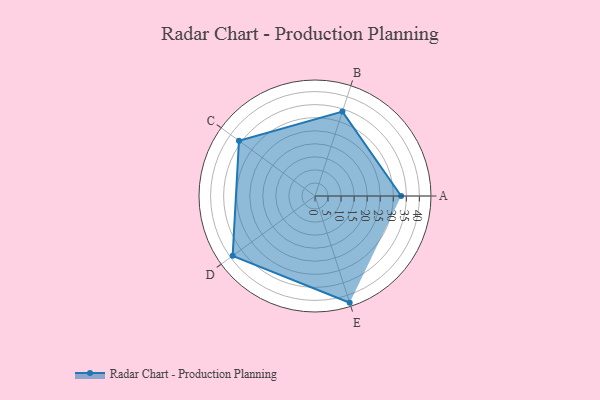
{"axis": {"x": "Skill", "y": "Score"}, "legend": ["Profile"], "data": [{"x": "A", "y": 33.0, "type": "Profile"}, {"x": "B", "y": 34.0, "type": "Profile"}, {"x": "C", "y": 36.0, "type": "Profile"}, {"x": "D", "y": 39.0, "type": "Profile"}, {"x": "E", "y": 43.0, "type": "Profile"}]}